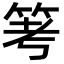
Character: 𥬯